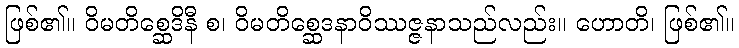
ဖြစ်၏။ ဝိမတိစ္ဆေဒိနီ စ၊ ဝိမတိစ္ဆေဒနာဝိဿဇ္ဇနာသည်လည်း။ ဟောတိ၊ ဖြစ်၏။